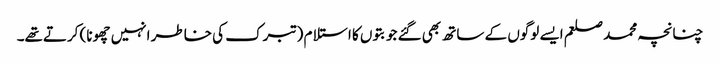
چنانچہ محمد صلعم ایسے لوگوں کے ساتھ بھی گئے جو بتوں کا استلام (تبرک کی خاطر انہیں چھونا) کرتےتھے۔